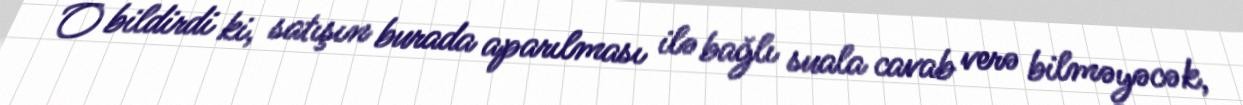
O bildirdi ki, satışın burada aparılması ilə bağlı suala cavab verə bilməyəcək,